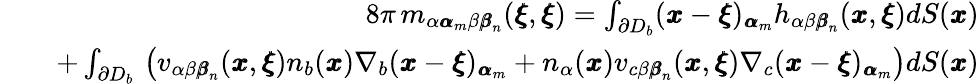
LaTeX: \begin{array}{rlr}&{}&{8\pi\, m_{\alpha{\pmb\alpha}_{m}\beta{\pmb\beta}_{n}}({\pmb\xi},{\pmb\xi})=\int_{\partial D_{b}}({\pmb x}-{\pmb\xi})_{{\pmb\alpha}_{m}}h_{\alpha\beta{\pmb\beta}_{n}}({\pmb x},{\pmb\xi})dS({\pmb x})}\\ &{}&{+\int_{\partial D_{b}}\, \left(v_{\alpha\beta{\pmb\beta}_{n}}({\pmb x},{\pmb\xi})n_{b}({\pmb x})\nabla_{b}({\pmb x}-{\pmb\xi})_{{\pmb\alpha}_{m}}+n_{\alpha}({\pmb x})v_{c\beta{\pmb\beta}_{n}}({\pmb x},{\pmb\xi})\nabla_{c}({\pmb x}-{\pmb\xi})_{{\pmb\alpha}_{m}}\right)dS({\pmb x})}\end{array}